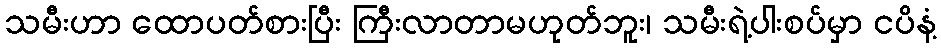
သမီးဟာ ထောပတ်စားပြီး ကြီးလာတာမဟုတ်ဘူး၊ သမီးရဲ့ပါးစပ်မှာ ငပိနံ့